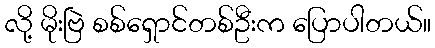
လို့ မိုးဗြဲ စစ်ရှောင်တစ်ဦးက ပြောပါတယ်။